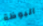
البوظة